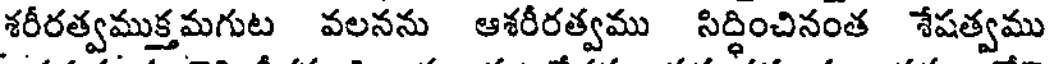
శరీరత్వముక్తమగుట వలనను ఆశరీరత్వము సిద్ధించినంత శేషత్వము